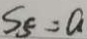
S _ { 5 } = a